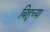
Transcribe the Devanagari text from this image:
बिहुच्या